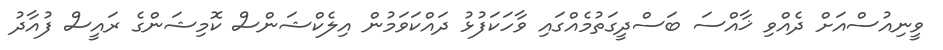
ވީނިއުސްއަށް ދެއްވި ޚާއްސަ ބަސްދީގަތުމެއްގައި ވާހަކަފުޅު ދައްކަވަމުން އިލެކްޝަންސް ކޮމިޝަންގެ ރައީސް ފުއާދު